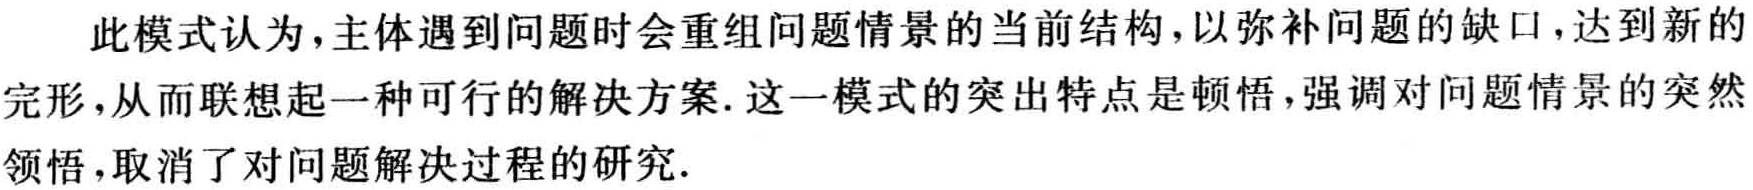
此模式认为，主体遇到问题时会重组问题情景的当前结构，以弥补问题的缺口，达到新的完形，从而联想起一种可行的解决方案. 这一模式的突出特点是顿悟，强调对问题情景的突然领悟，取消了对问题解决过程的研究.